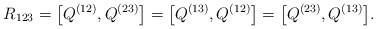
LaTeX: \begin{gather*}R_{123}=\big[Q^{(12)},Q^{(23)}\big]=\big[Q^{(13)},Q^{(12)}\big]=\big[Q^{(23)}, Q^{(13)}\big].\end{gather*}